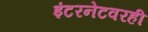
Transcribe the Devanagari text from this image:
इंटरनेटवरही